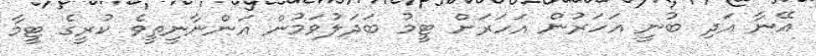
އޭނާ އަދި ބުނީ އަހަރުން އަހަރަށް ޓީމު ބަދަލުވަމުން އަންނާނީތީވެ ކުރީގެ ޓީމާ